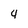
Character: 4